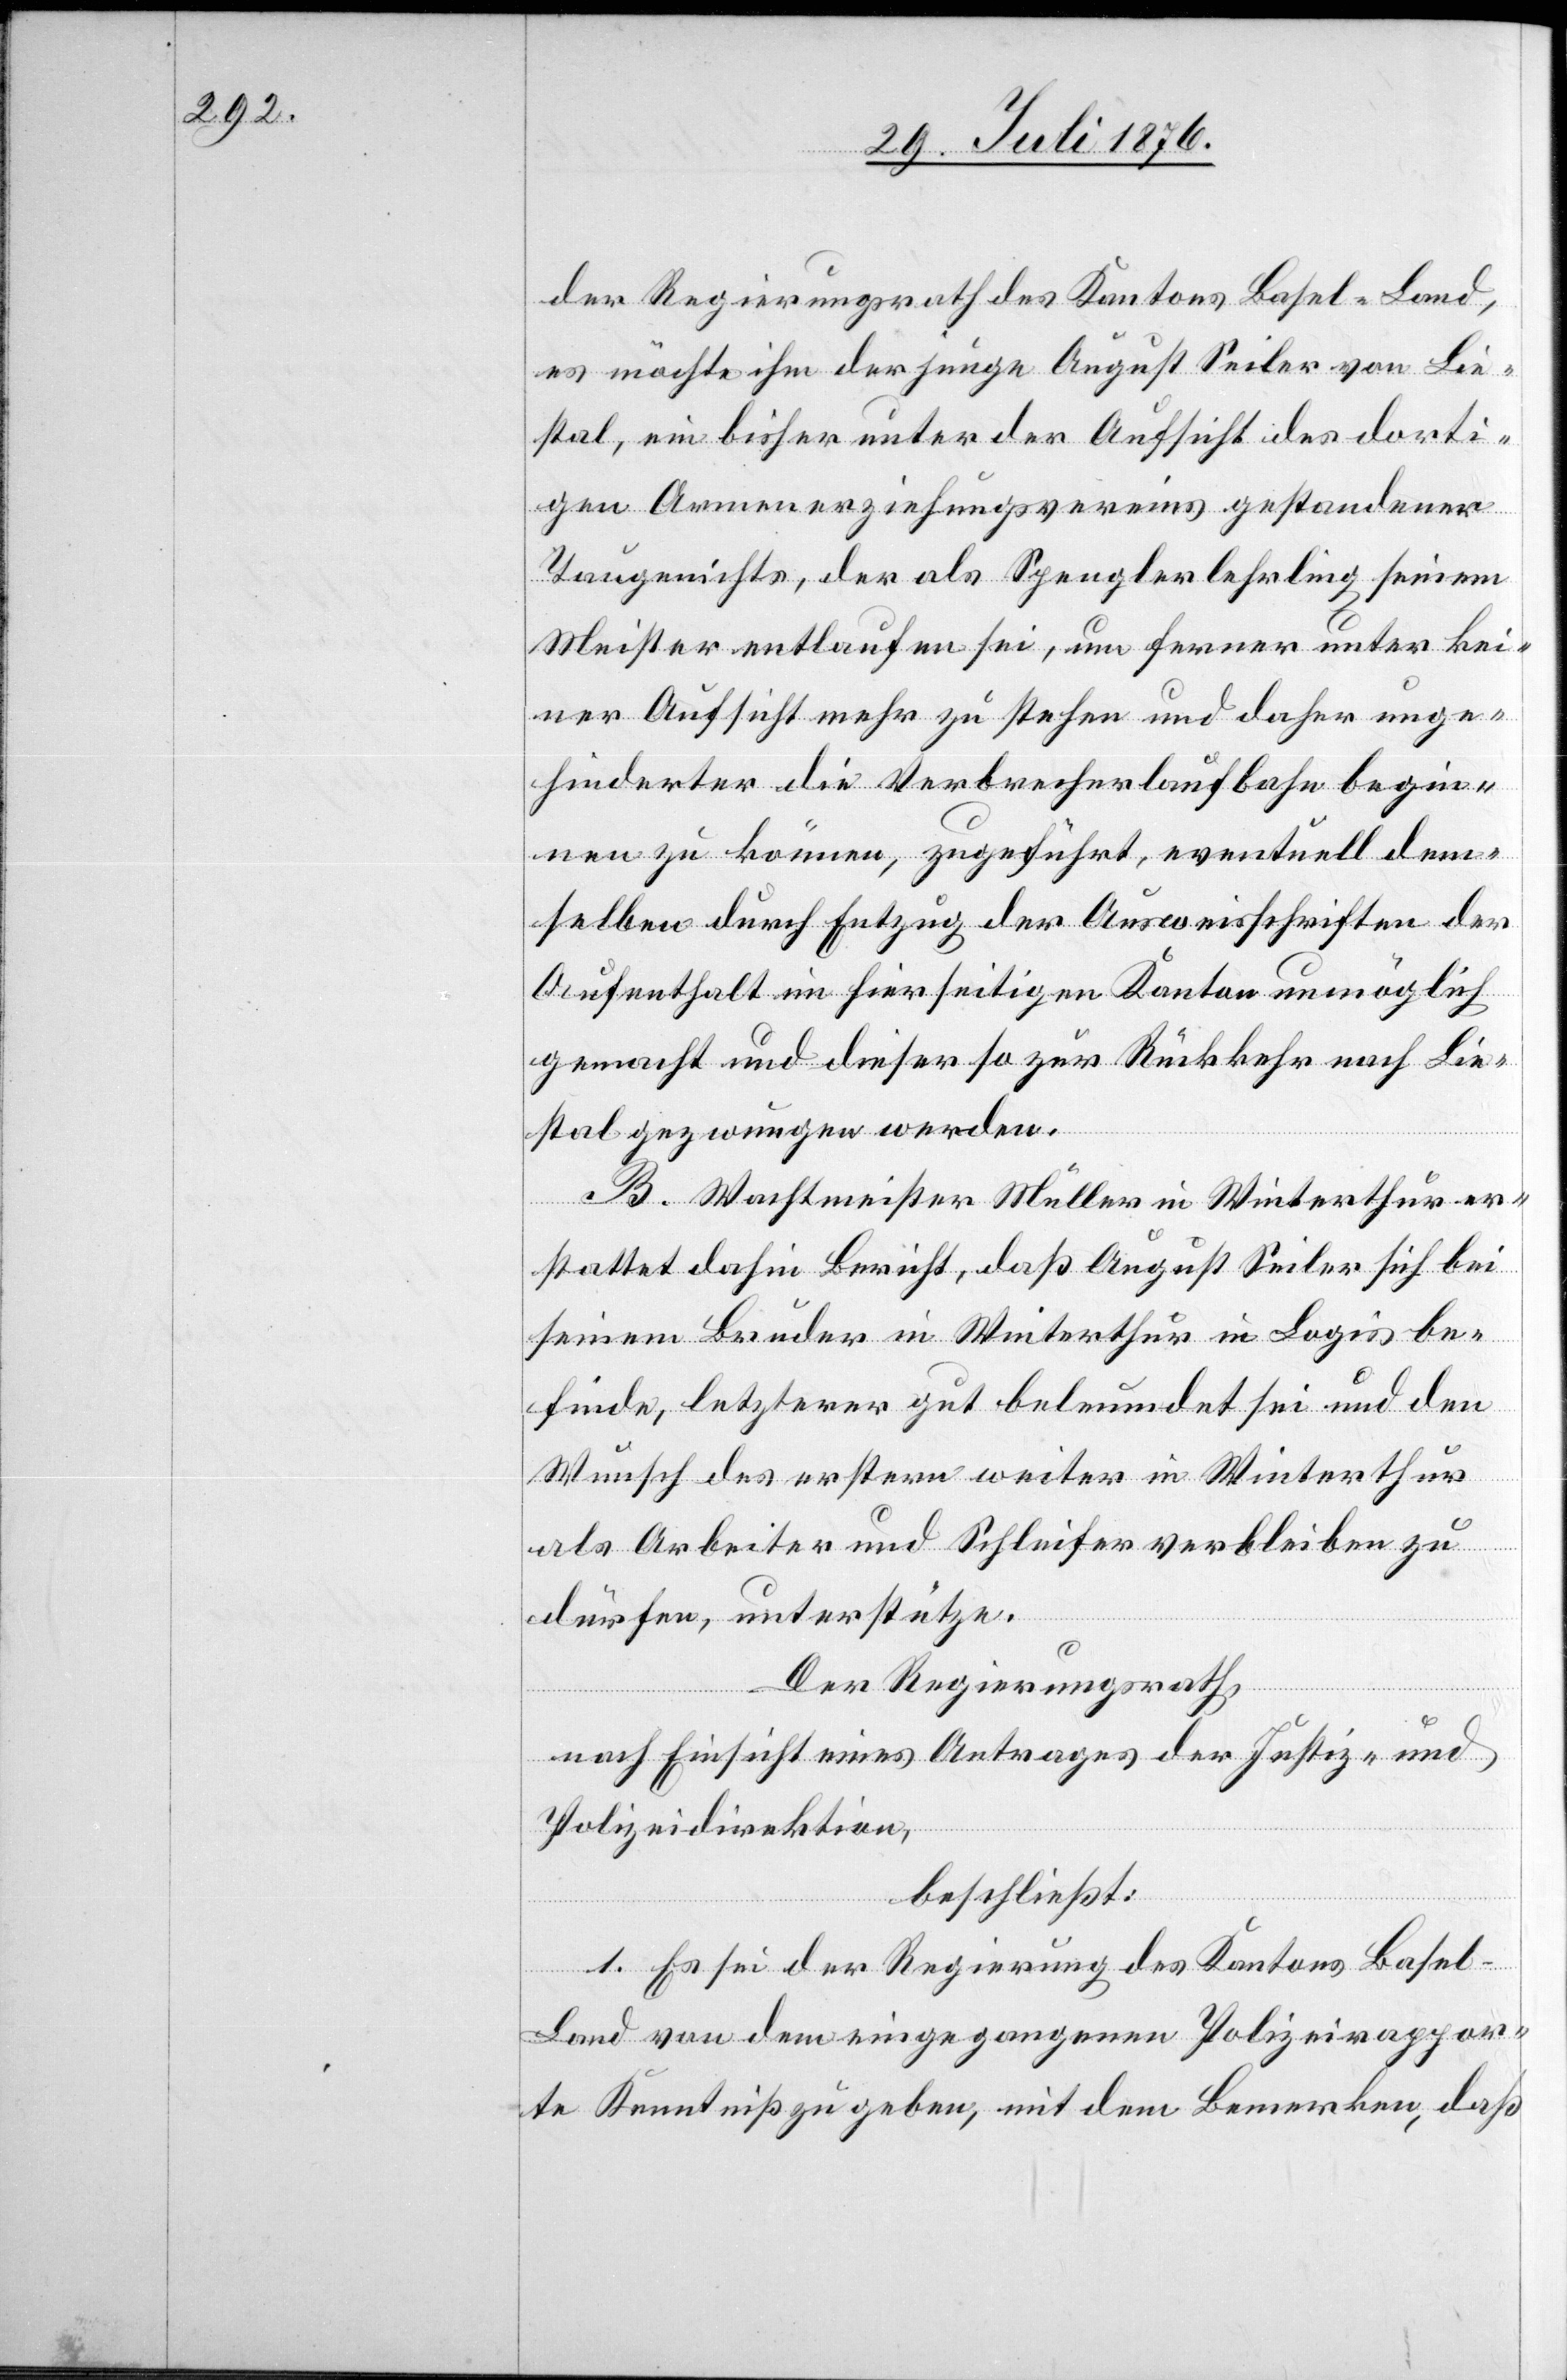
der Regierungsrath des Kantons Basel-Land,
es möchte ihm der junge August Seiler von Lie¬
stal, ein bisher unter der Aufsicht des dorti¬
gen Armenerziehungsvereins gestandenen
Taugenichts, der als Spenglerlehrling seinem
Meister entlaufen sei, um ferner unter kei¬
ner Aufsicht mehr zu stehen und daher unge¬
hindert die Verbrecherlaufbahn begin¬
nen zu können, zugeführt, eventuell dem¬
selben durch Entzug der Ausweisschriften der
Aufenthalt im hierseitigen Kanton unmöglich
gemacht und dieser so zur Rückkehr nach Lie¬
stal gezwungen werden.
B. Wachtmeister Müller in Winterthur er¬
stattet dahin Bericht, das August Seiler sich bei
seinem Bruder in Winterthur in Logis be¬
finde, letzterer gut beleumundet sei und den
Wunsch des erstern weiter in Winterthur
als Arbeiter und Schleifer verbleiben zu
dürfen, unterstütze.
Der Regierungsrath,
nach Einsicht eines Antrages der Justiz- und
Polizeidirektion,
beschließt:
1. Es sei der Regierung des Kantons Basel-L¬
and von dem eingegangenen Polizeirappor¬
te Kenntniß zu geben, mit dem Bemerken, daß